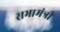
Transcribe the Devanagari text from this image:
सभामंत्री